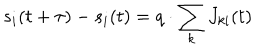
LaTeX: s _ { i } ( t + \tau ) - s _ { i } ( t ) = q \cdot \sum _ { k } J _ { k i } ( t )